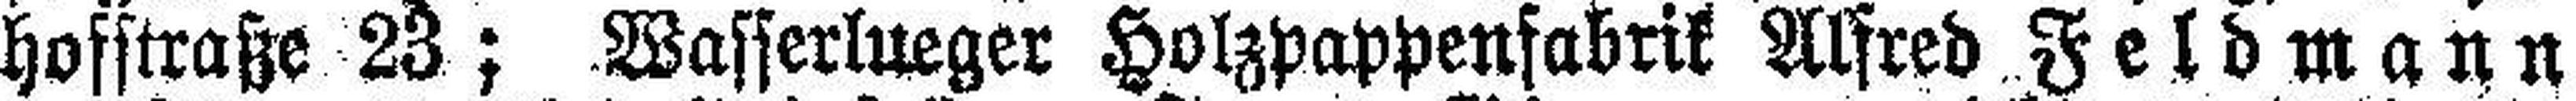
hofstraße 23; Wasserlueger Holzpappenfabrik Alfred Feldmann